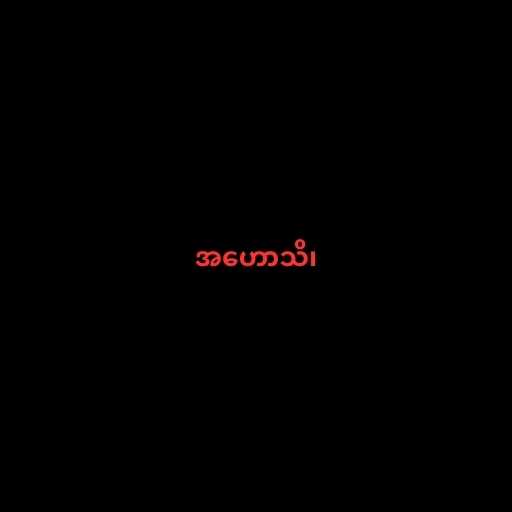
အဟောသိ၊